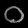
Digit: ၀